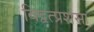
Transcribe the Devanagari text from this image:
विद्वत्प्रशंसा